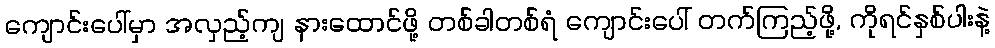
ကျောင်းပေါ်မှာ အလှည့်ကျ နားထောင်ဖို့ တစ်ခါတစ်ရံ ကျောင်းပေါ် တက်ကြည့်ဖို့, ကိုရင်နှစ်ပါးနဲ့